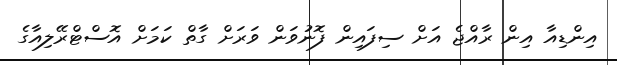
އިންޑިއާ އިން ރާއްޖެ އަށް ސިފައިން ފޮނުވަން ވަރަށް ގާތް ކަމަށް އޮސްޓްރޭލިއާގެ